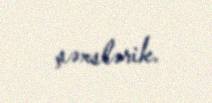
şəxslərik.